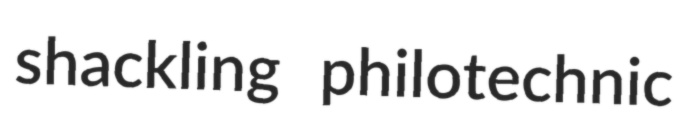
shackling philotechnic